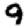
Digit: 9